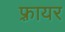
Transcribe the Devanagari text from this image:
फ़्रायर